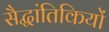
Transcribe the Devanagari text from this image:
सैद्धांतिकियों